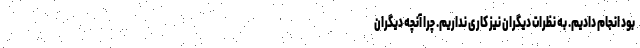
بود انجام دادیم. به نظرات دیگران نیز کاری نداریم. چرا آنچه دیگران